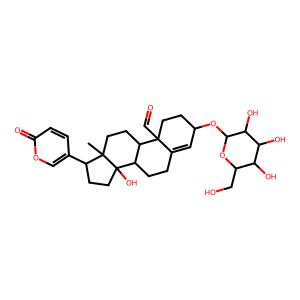
SMILES: CC12CCC3C(CCC4=CC(OC5OC(CO)C(O)C(O)C5O)CCC43C=O)C1(O)CCC2c1ccc(=O)oc1
Inhibits HIV replication: No